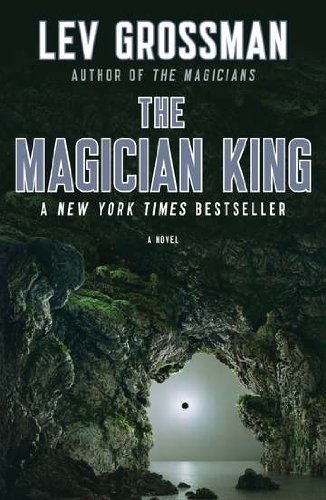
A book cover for The Magician King: A Novel (Magicians Trilogy); Lev Grossman; Science Fiction & Fantasy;